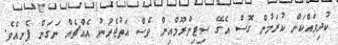
ކުދިވައްކަން ކުރަމުން ގޮސް އެގޭ ސިޓިންރޫމްއިން ވެސް އަތުޖެހުނު އެއްޗެއް ނަގަން ފެށިއެވެ.